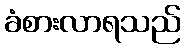
ခံစားလာရသည်